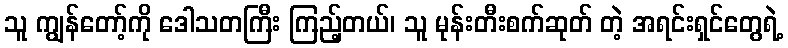
သူ ကျွန်တော့်ကို ဒေါသတကြီး ကြည့်တယ်၊ သူ မုန်းတီးစက်ဆုတ် တဲ့ အရင်းရှင်တွေရဲ့